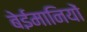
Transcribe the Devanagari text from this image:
बेईमानियों